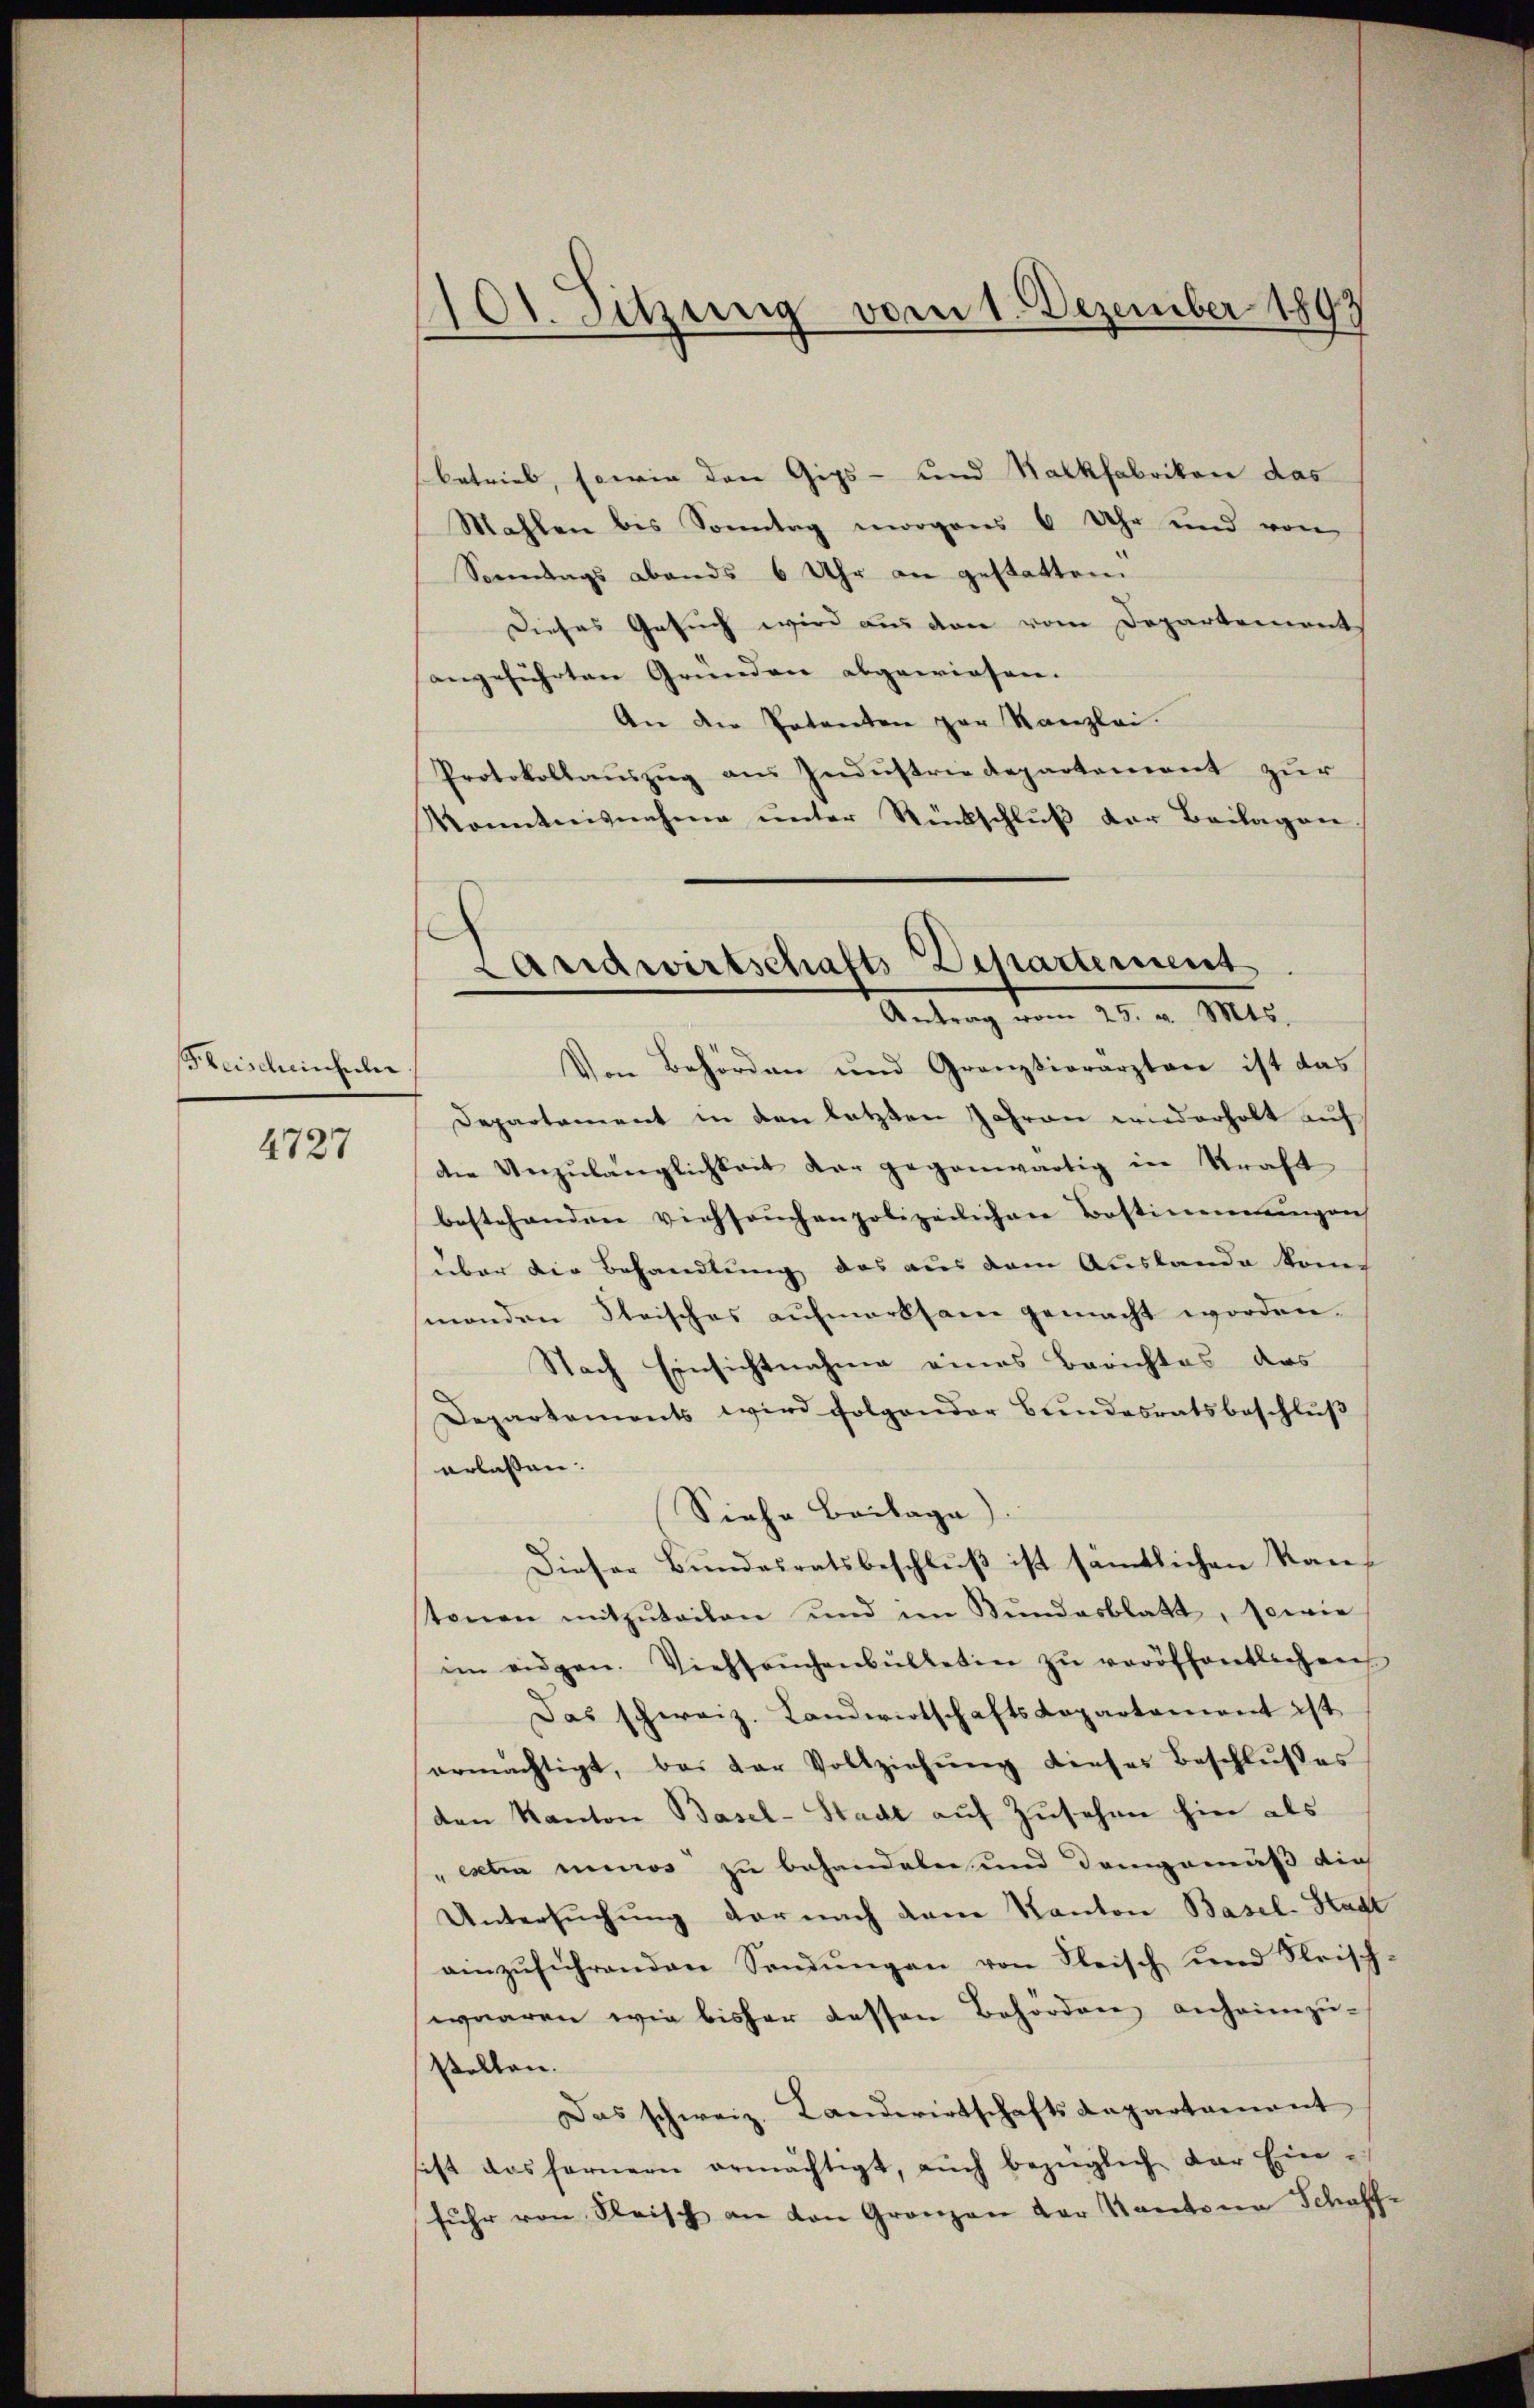
Fleischeinfuhr

4727

101. Sitzung vom 1. Dezember 1893

betrieb, sowie den Gips- und Nackfabrikon das
Mahlen bis Sonntag morgens 6 Uhr und von
Sonntags abends 6 Uhr an gestatten.
Dieses Gesuch wird aus den vom Departement,
angeführten Gründen abgewiesen.
An die Patenten par Kanzlei.
Protokollaŭszŭg aŭs Indŭstrie Repartement zŭr
Konntnisnahme ŭnter Rückschlŭβ der Beilagen

Landwirtschafts Departement.
Antrag vom 25. v. Mts.

Von Behörden und Granzsierarzten ist das
Departement in den letzten Jahren wiederholt auf
die Unzulänglichkeit der gegenwärtig in Kraft
bestehenden viehseuchenpolizeilichen Bestinennungen
über die Behandlung des aus dem Auslande kom
monden Strisches aŭfmerksam gemacht worden.
Nach Einsichtnahme eines Berichtes das
Departements wird folgender Bŭndesratsbeschlŭβ
erlassen.
Siehe Beilage).
Dieser Bundesratsbeschluß ist sämtlichen Kanstonen mitzŭteilen und im Bŭndesblatt, sowie
im eidgen. Viehseuchenbülletin zŭ veröffentlichen
Das schweiz. LandwirtschaftsLapartement ist
ermächtigt, bei der Vollziehŭng dieses Beschlŭβes
den Kanton Basel-Stadt auf Zusehen hier als
" extra minos zu behandeln und demgemäß die
Untersuchung der nach dem Kanton Basel-Stadt
ainzŭführenden Sandŭngen von Fleisch und Fleisch
waaren wie bisher dessen Behörden, anheimzu-
stellen.
Das schweiz. Landwirtschaftsdepartament
sist das fernern ermächtigt, aŭch bezüglich der Ein-
fŭhr von Fleisch an von Granzen der Kantona Schaff-